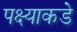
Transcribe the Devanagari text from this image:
पक्ष्याकडे